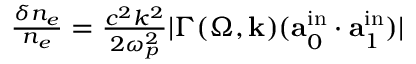
\begin{array} { r } { \frac { \delta n _ { e } } { n _ { e } } = \frac { c ^ { 2 } k ^ { 2 } } { 2 \omega _ { p } ^ { 2 } } | \Gamma ( \Omega , \mathbf { k } ) ( \mathbf { a } _ { 0 } ^ { \mathrm { i n } } \cdot \mathbf { a } _ { 1 } ^ { \mathrm { i n } } ) | } \end{array}